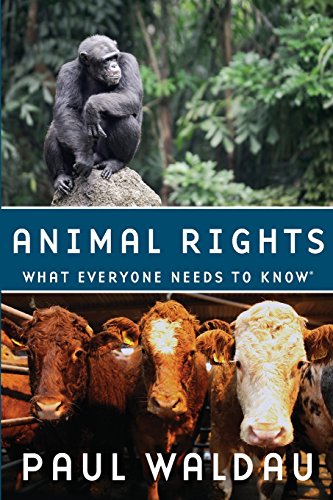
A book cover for Animal Rights: What Everyone Needs to KnowÂ®; Paul Waldau; Science & Math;